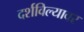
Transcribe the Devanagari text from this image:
दर्शविल्यावर